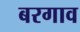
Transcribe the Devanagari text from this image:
बरगाव